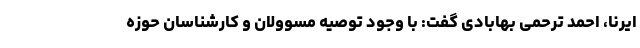
ایرنا، احمد ترحمی بهابادی گفت: با وجود توصیه مسوولان و کارشناسان حوزه